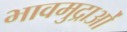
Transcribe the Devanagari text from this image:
भावमुद्राओं